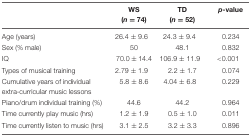
<table><thead><tr><td></td><td><b>WS (<i>n</i> = 74)</b></td><td><b>TD (<i>n</i> = 52)</b></td><td><b><i>p</i>-value</b></td></tr></thead><tbody><tr><td>Age (years)</td><td>26.4 ± 9.6</td><td>24.3 ± 9.4</td><td>0.234</td></tr><tr><td>Sex (% male)</td><td>50</td><td>48.1</td><td>0.832</td></tr><tr><td>IQ</td><td>70.0 ± 14.4</td><td>106.9 ± 11.9</td><td>&lt;0.001</td></tr><tr><td>Types of musical training</td><td>2.79 ± 1.9</td><td>2.2 ± 1.7</td><td>0.074</td></tr><tr><td>Cumulative years of individual extra-curricular music lessons</td><td>5.8 ± 8.6</td><td>4.04 ± 6.8</td><td>0.229</td></tr><tr><td>Piano/drum individual training (%)</td><td>44.6</td><td>44.2</td><td>0.964</td></tr><tr><td>Time currently play music (hrs)</td><td>1.2 ± 1.9</td><td>0.5 ± 1.0</td><td>0.011</td></tr><tr><td>Time currently listen to music (hrs)</td><td>3.1 ± 2.5</td><td>3.2 ± 3.3</td><td>0.896</td></tr></tbody></table>